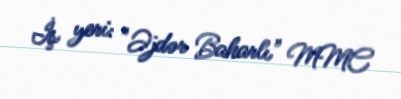
İş yeri: "Əjdər Baharlı" MMC